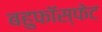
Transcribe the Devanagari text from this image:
बहुफॉस्फेट